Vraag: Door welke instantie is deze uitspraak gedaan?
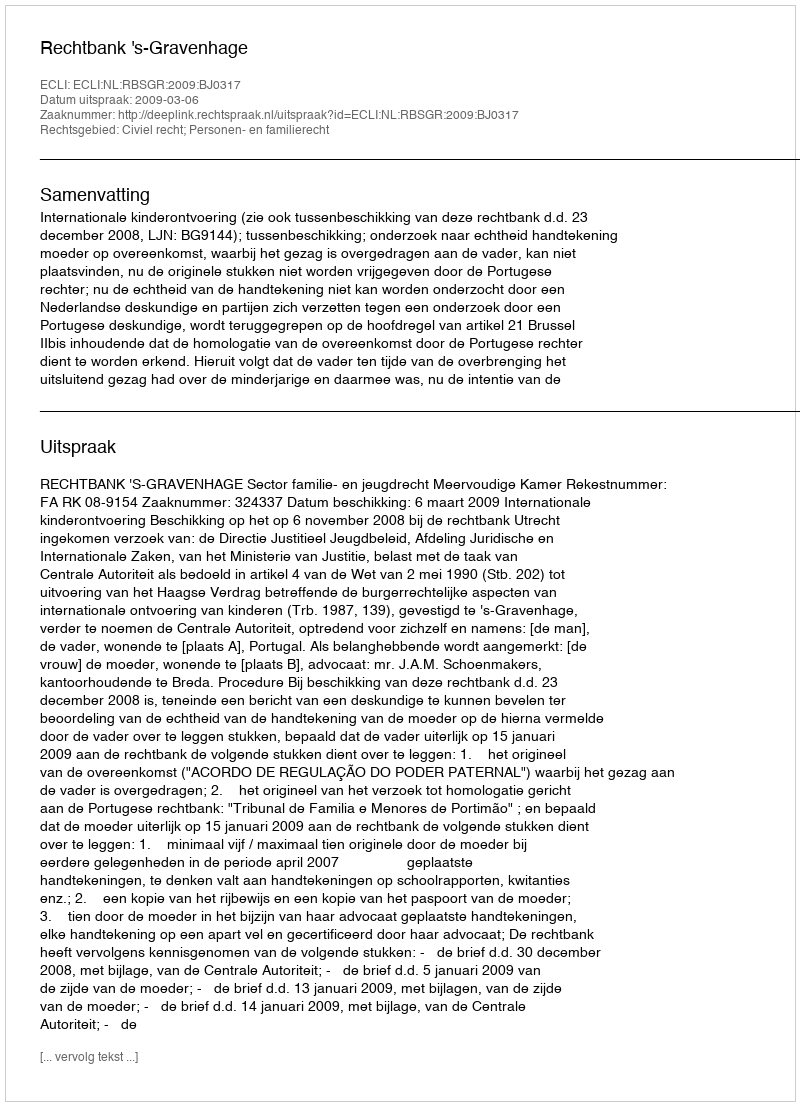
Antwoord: Rechtbank 's-Gravenhage